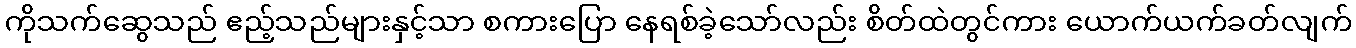
ကိုသက်ဆွေသည် ဧည့်သည်များနှင့်သာ စကားပြော နေရစ်ခဲ့သော်လည်း စိတ်ထဲတွင်ကား ယောက်ယက်ခတ်လျက်